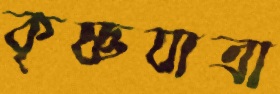
কৃষ্ণযাত্রা